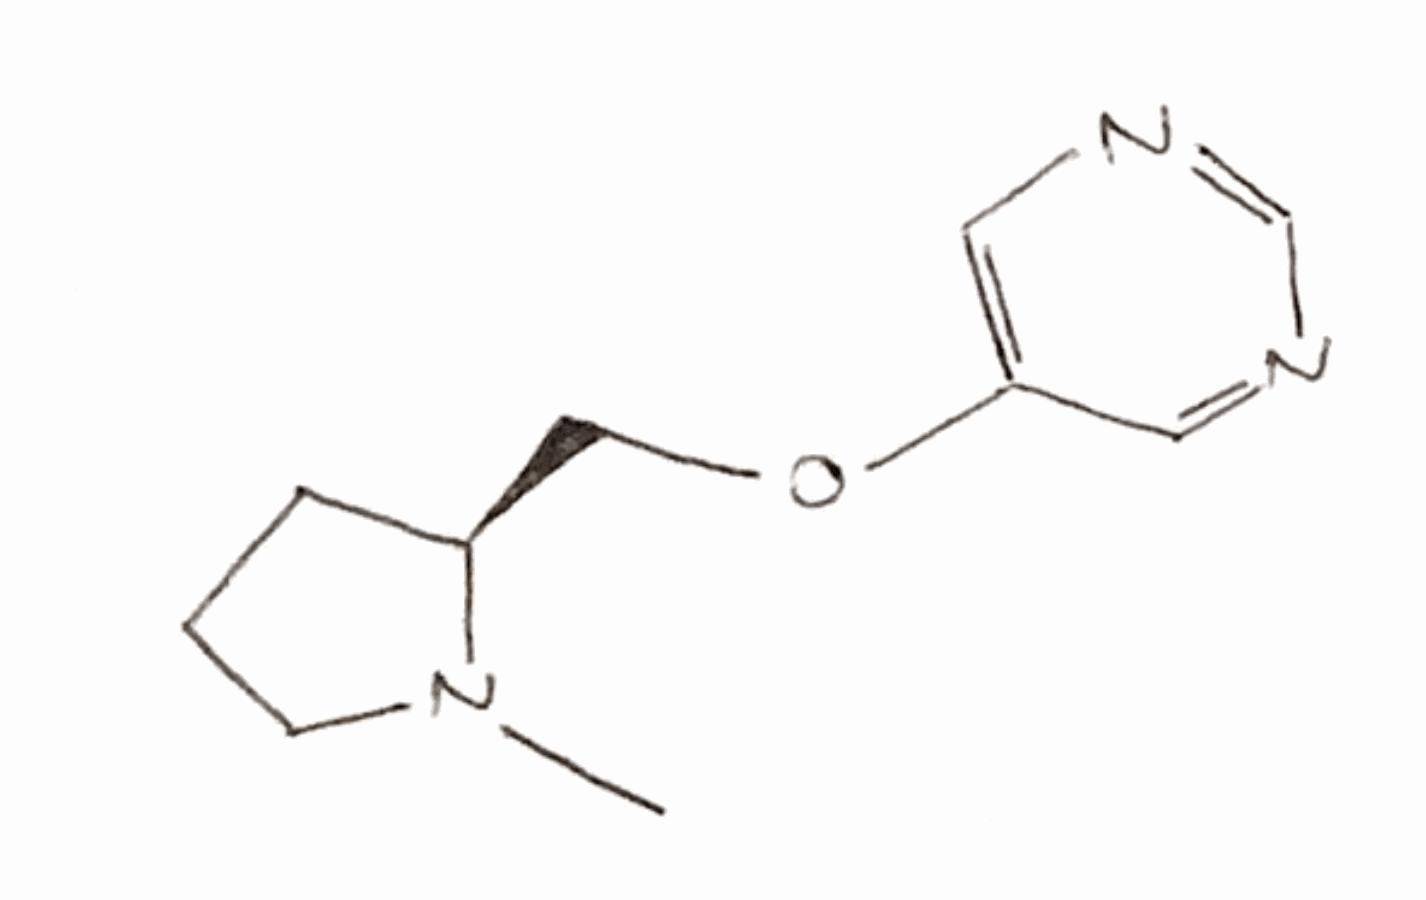
Simplified molecular-input line-entry system (SMILES) notation of the given molecule:
CN1CCC[C@H]1COC2=CN=CN=C2